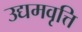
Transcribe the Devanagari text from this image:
उद्यमवृत्ति